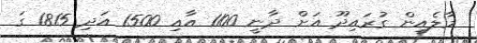
މާލެއިން ގުރައިދޫ އަށް ދާނީ 1100 އާއި 1500 އަދި 1815 ގަ